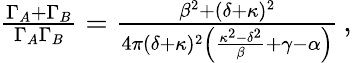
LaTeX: \begin{array}{r}{{\frac{{\Gamma}_{A}+{\Gamma}_{B}}{\Gamma_{A}\Gamma_{B}}}=\frac{\beta^{2}+(\delta+\kappa)^{2}}{4\pi(\delta+\kappa)^{2}\left(\frac{\kappa^{2}-\delta^{2}}{\beta}+\gamma-\alpha\right)}\, ,}\end{array}